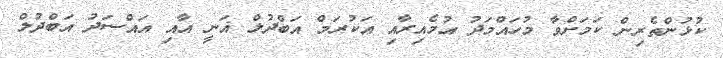
ކުޅުންތެރިން ކަމަށްވާ މުހައްމަދު އުމެއިރާއި އަކުރަމް އަބްދުލް ޣަނީ އާއި އައްސަދު އަބްދުލް